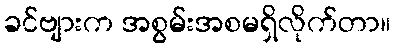
ခင်ဗျားက အစွမ်းအစမရှိလိုက်တာ။